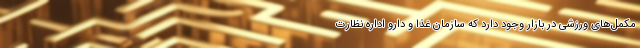
مکمل‌های ورزشی در بازار وجود دارد که سازمان غذا و دارو اداره نظارت